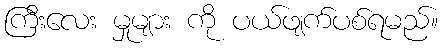
ကြီးလေး မှုများ ကို ပယ်ဖျက်ပစ်ရမည်။